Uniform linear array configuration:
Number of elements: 32
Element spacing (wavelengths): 0.75
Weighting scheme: blackman
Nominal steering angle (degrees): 30
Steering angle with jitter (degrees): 31.465
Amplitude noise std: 0.05
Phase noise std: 0.05

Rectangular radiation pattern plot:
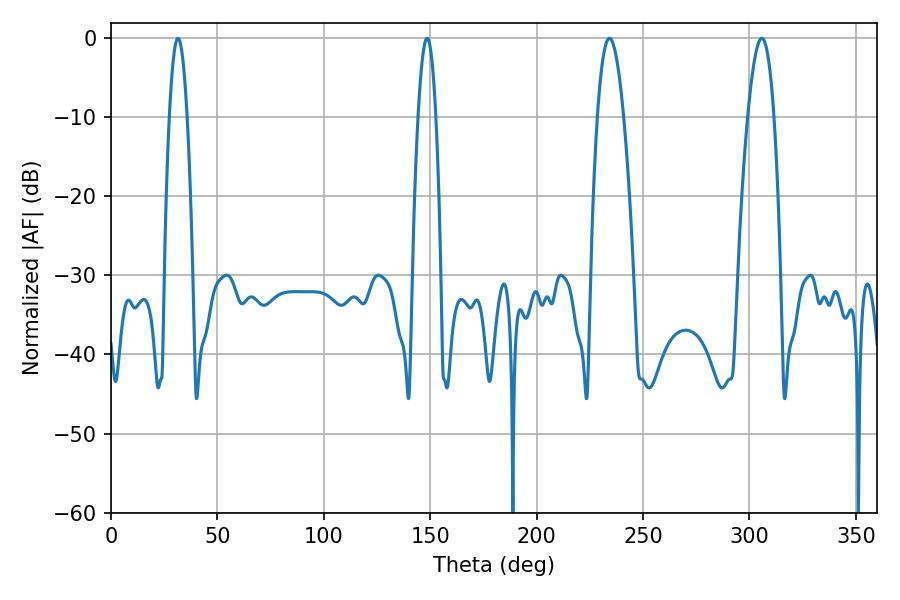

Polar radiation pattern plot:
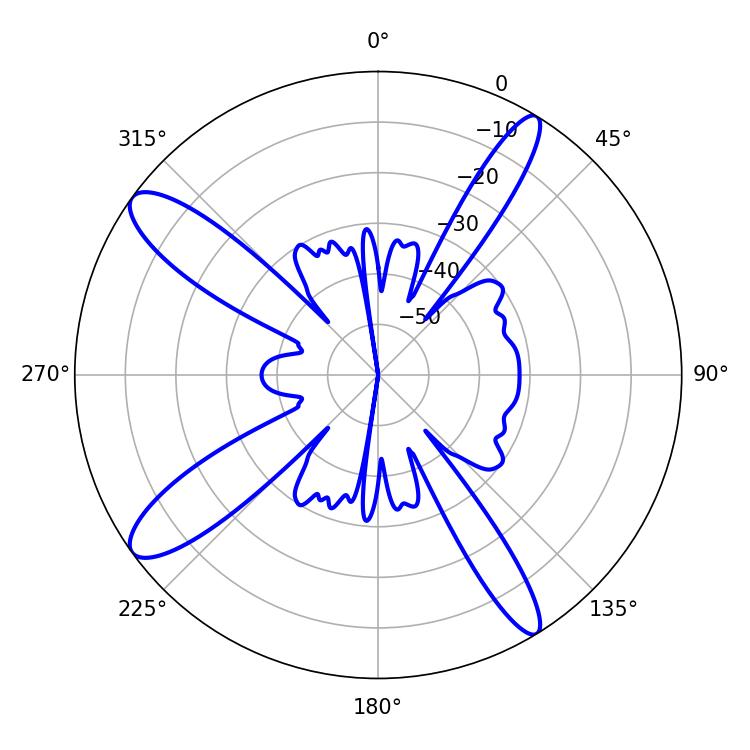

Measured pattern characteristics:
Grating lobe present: TRUE
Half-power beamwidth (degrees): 6.84
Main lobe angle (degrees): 234.18